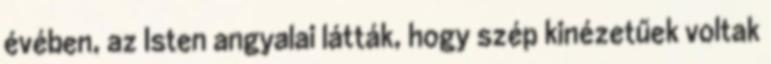
évében, az Isten angyalai látták, hogy szép kinézetűek voltak